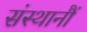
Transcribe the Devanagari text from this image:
संस्थानौं